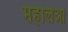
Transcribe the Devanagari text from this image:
महेलिओ